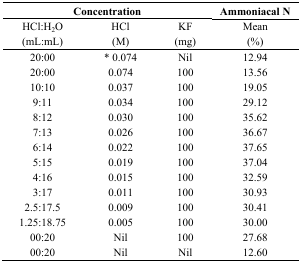
<table><thead><tr><td colspan="3"><b>Concentration</b></td><td><b>Ammoniacal N</b></td></tr><tr><td><b>HCl:H<sub>2</sub>O</b></td><td><b>HCl</b></td><td><b>KF</b></td><td><b>Mean</b></td></tr><tr><td><b>(mL:mL)</b></td><td><b>(M)</b></td><td><b>(mg)</b></td><td><b>(%)</b></td></tr></thead><tbody><tr><td>20:00</td><td>* 0.074</td><td>Nil</td><td>12.94</td></tr><tr><td>20:00</td><td>0.074</td><td>100</td><td>13.56</td></tr><tr><td>10:10</td><td>0.037</td><td>100</td><td>19.05</td></tr><tr><td>9:11</td><td>0.034</td><td>100</td><td>29.12</td></tr><tr><td>8:12</td><td>0.030</td><td>100</td><td>35.62</td></tr><tr><td>7:13</td><td>0.026</td><td>100</td><td>36.67</td></tr><tr><td>6:14</td><td>0.022</td><td>100</td><td>37.65</td></tr><tr><td>5:15</td><td>0.019</td><td>100</td><td>37.04</td></tr><tr><td>4:16</td><td>0.015</td><td>100</td><td>32.59</td></tr><tr><td>3:17</td><td>0.011</td><td>100</td><td>30.93</td></tr><tr><td>2.5:17.5</td><td>0.009</td><td>100</td><td>30.41</td></tr><tr><td>1.25:18.75</td><td>0.005</td><td>100</td><td>30.00</td></tr><tr><td>00:20</td><td>Nil</td><td>100</td><td>27.68</td></tr><tr><td>00:20</td><td>Nil</td><td>Nil</td><td>12.60</td></tr></tbody></table>